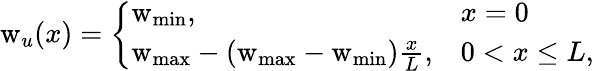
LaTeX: \mathrm{w}_{u}(x)=\left\{ \begin{array}{ll}{\mathrm{w}_{\mathrm{min}},}&{x=0}\\ {\mathrm{w}_{\mathrm{max}}-(\mathrm{w}_{\mathrm{max}}-\mathrm{w}_{\mathrm{min}})\frac{x}{L},}&{0<x\leq L,}\end{array}\right.